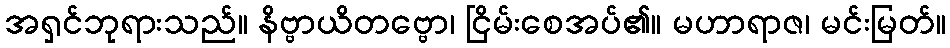
အရှင်ဘုရားသည်။ နိဗ္ဗာယိတဗ္ဗော၊ ငြိမ်းစေအပ်၏။ မဟာရာဇ၊ မင်းမြတ်။